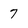
Character: 7